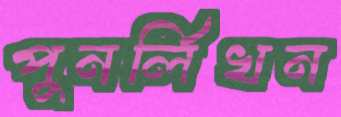
পুনর্লিখন